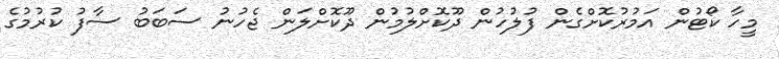
މީހާ ކޯޓުން އަމުރުކޮށްގެން ފުލުހުން ދޫކޮށްލުމުން ދޫކޮށްލަން ޖެހުނު ސަބަބު ސާފު ކުރުމުގެ